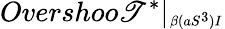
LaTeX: Overshoo\mathscr{T}^{*}|_{\substack{_{\beta(aS^{3})I}}}